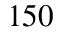
1 5 0